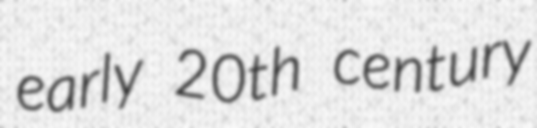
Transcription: early 20th century